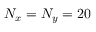
N _ { x } = N _ { y } = 2 0